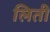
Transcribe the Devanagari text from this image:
लिती